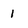
Character: 1